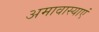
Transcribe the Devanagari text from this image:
अमावास्याएं